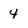
Character: 4